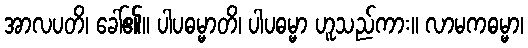
အာလပတိ၊ ခေါ်၏။ ပါပဓမ္မာတိ၊ ပါပဓမ္မာ ဟူသည်ကား။ လာမကဓမ္မာ၊